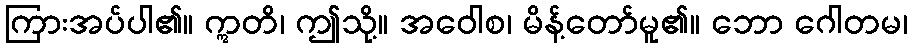
ကြားအပ်ပါ၏။ ဣတိ၊ ဤသို့။ အဝေါစ၊ မိန့်တော်မူ၏။ ဘော ဂေါတမ၊